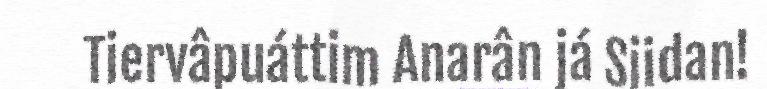
Tiervâpuáttim Anarân já Siidan!